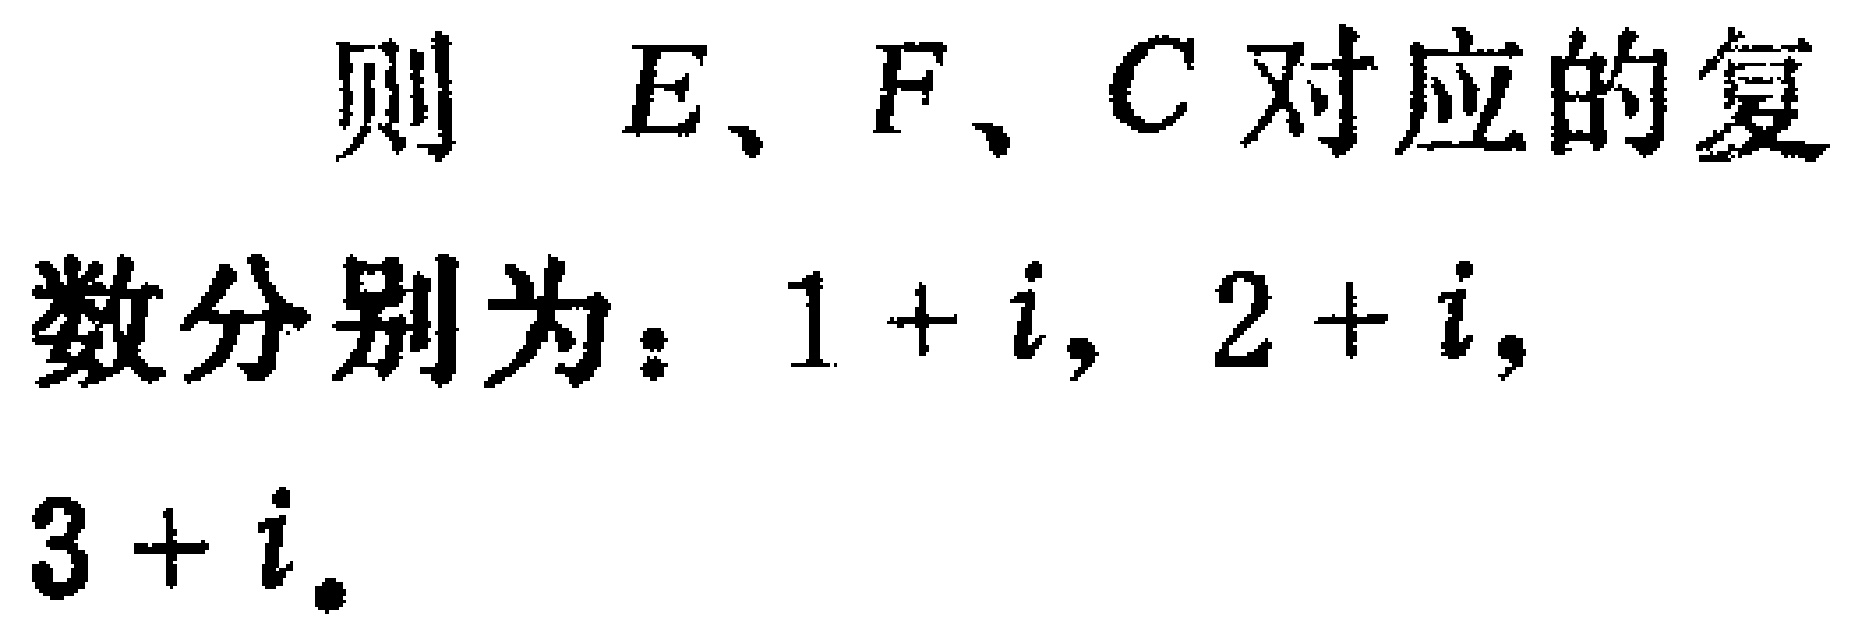
则 \(E、F、C\) 对应的复数分别为：\(1 + i\)，\(2 + i\)，\(3 + i\)。